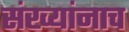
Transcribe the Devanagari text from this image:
संख्यांनाच